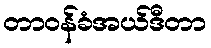
တာဝန်ခံအယ်ဒီတာ